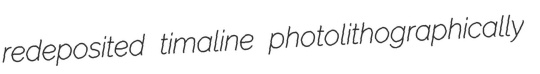
redeposited timaline photolithographically